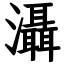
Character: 灄